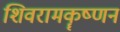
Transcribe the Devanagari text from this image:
शिवरामकॄष्णन